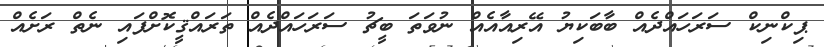
ޕިކްނިކް ސަރަހައްދެއް ބާބަކިޔު އޭރިއާއެއް ނުވަތަ ބީޗު ސަރަހައްދެއް ތަރައްޤީކޮށްފައި ނެތް ރަށެއް